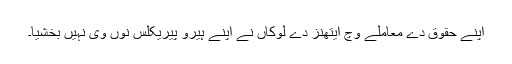
اپنے حقوق دے معاملے وچ ایتھنز دے لوکاں نے اپنے ہیرو پیریکلس نوں وی نہیں بخشیا۔